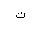
Letter: _ta